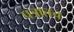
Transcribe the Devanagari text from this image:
पत्रातच